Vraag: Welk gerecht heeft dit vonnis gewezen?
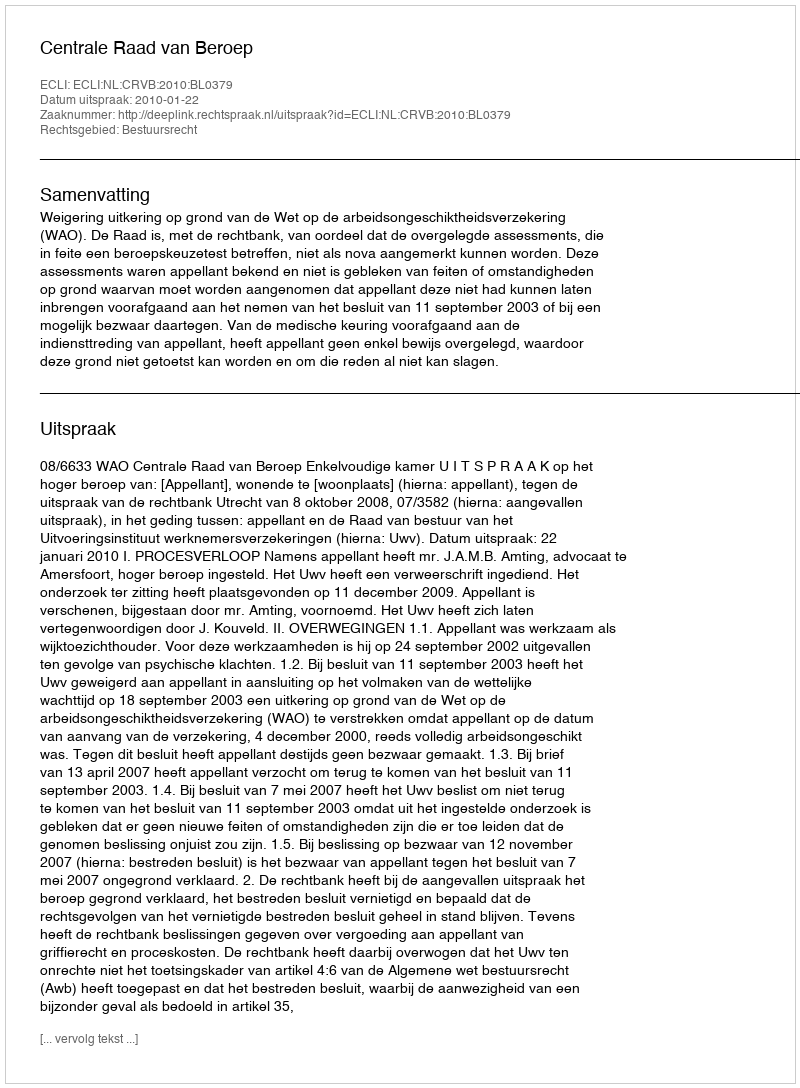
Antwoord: Centrale Raad van Beroep